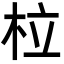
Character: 柆